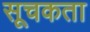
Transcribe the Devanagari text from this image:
सूचकता